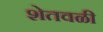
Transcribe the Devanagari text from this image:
शेतवळी